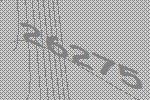
26275